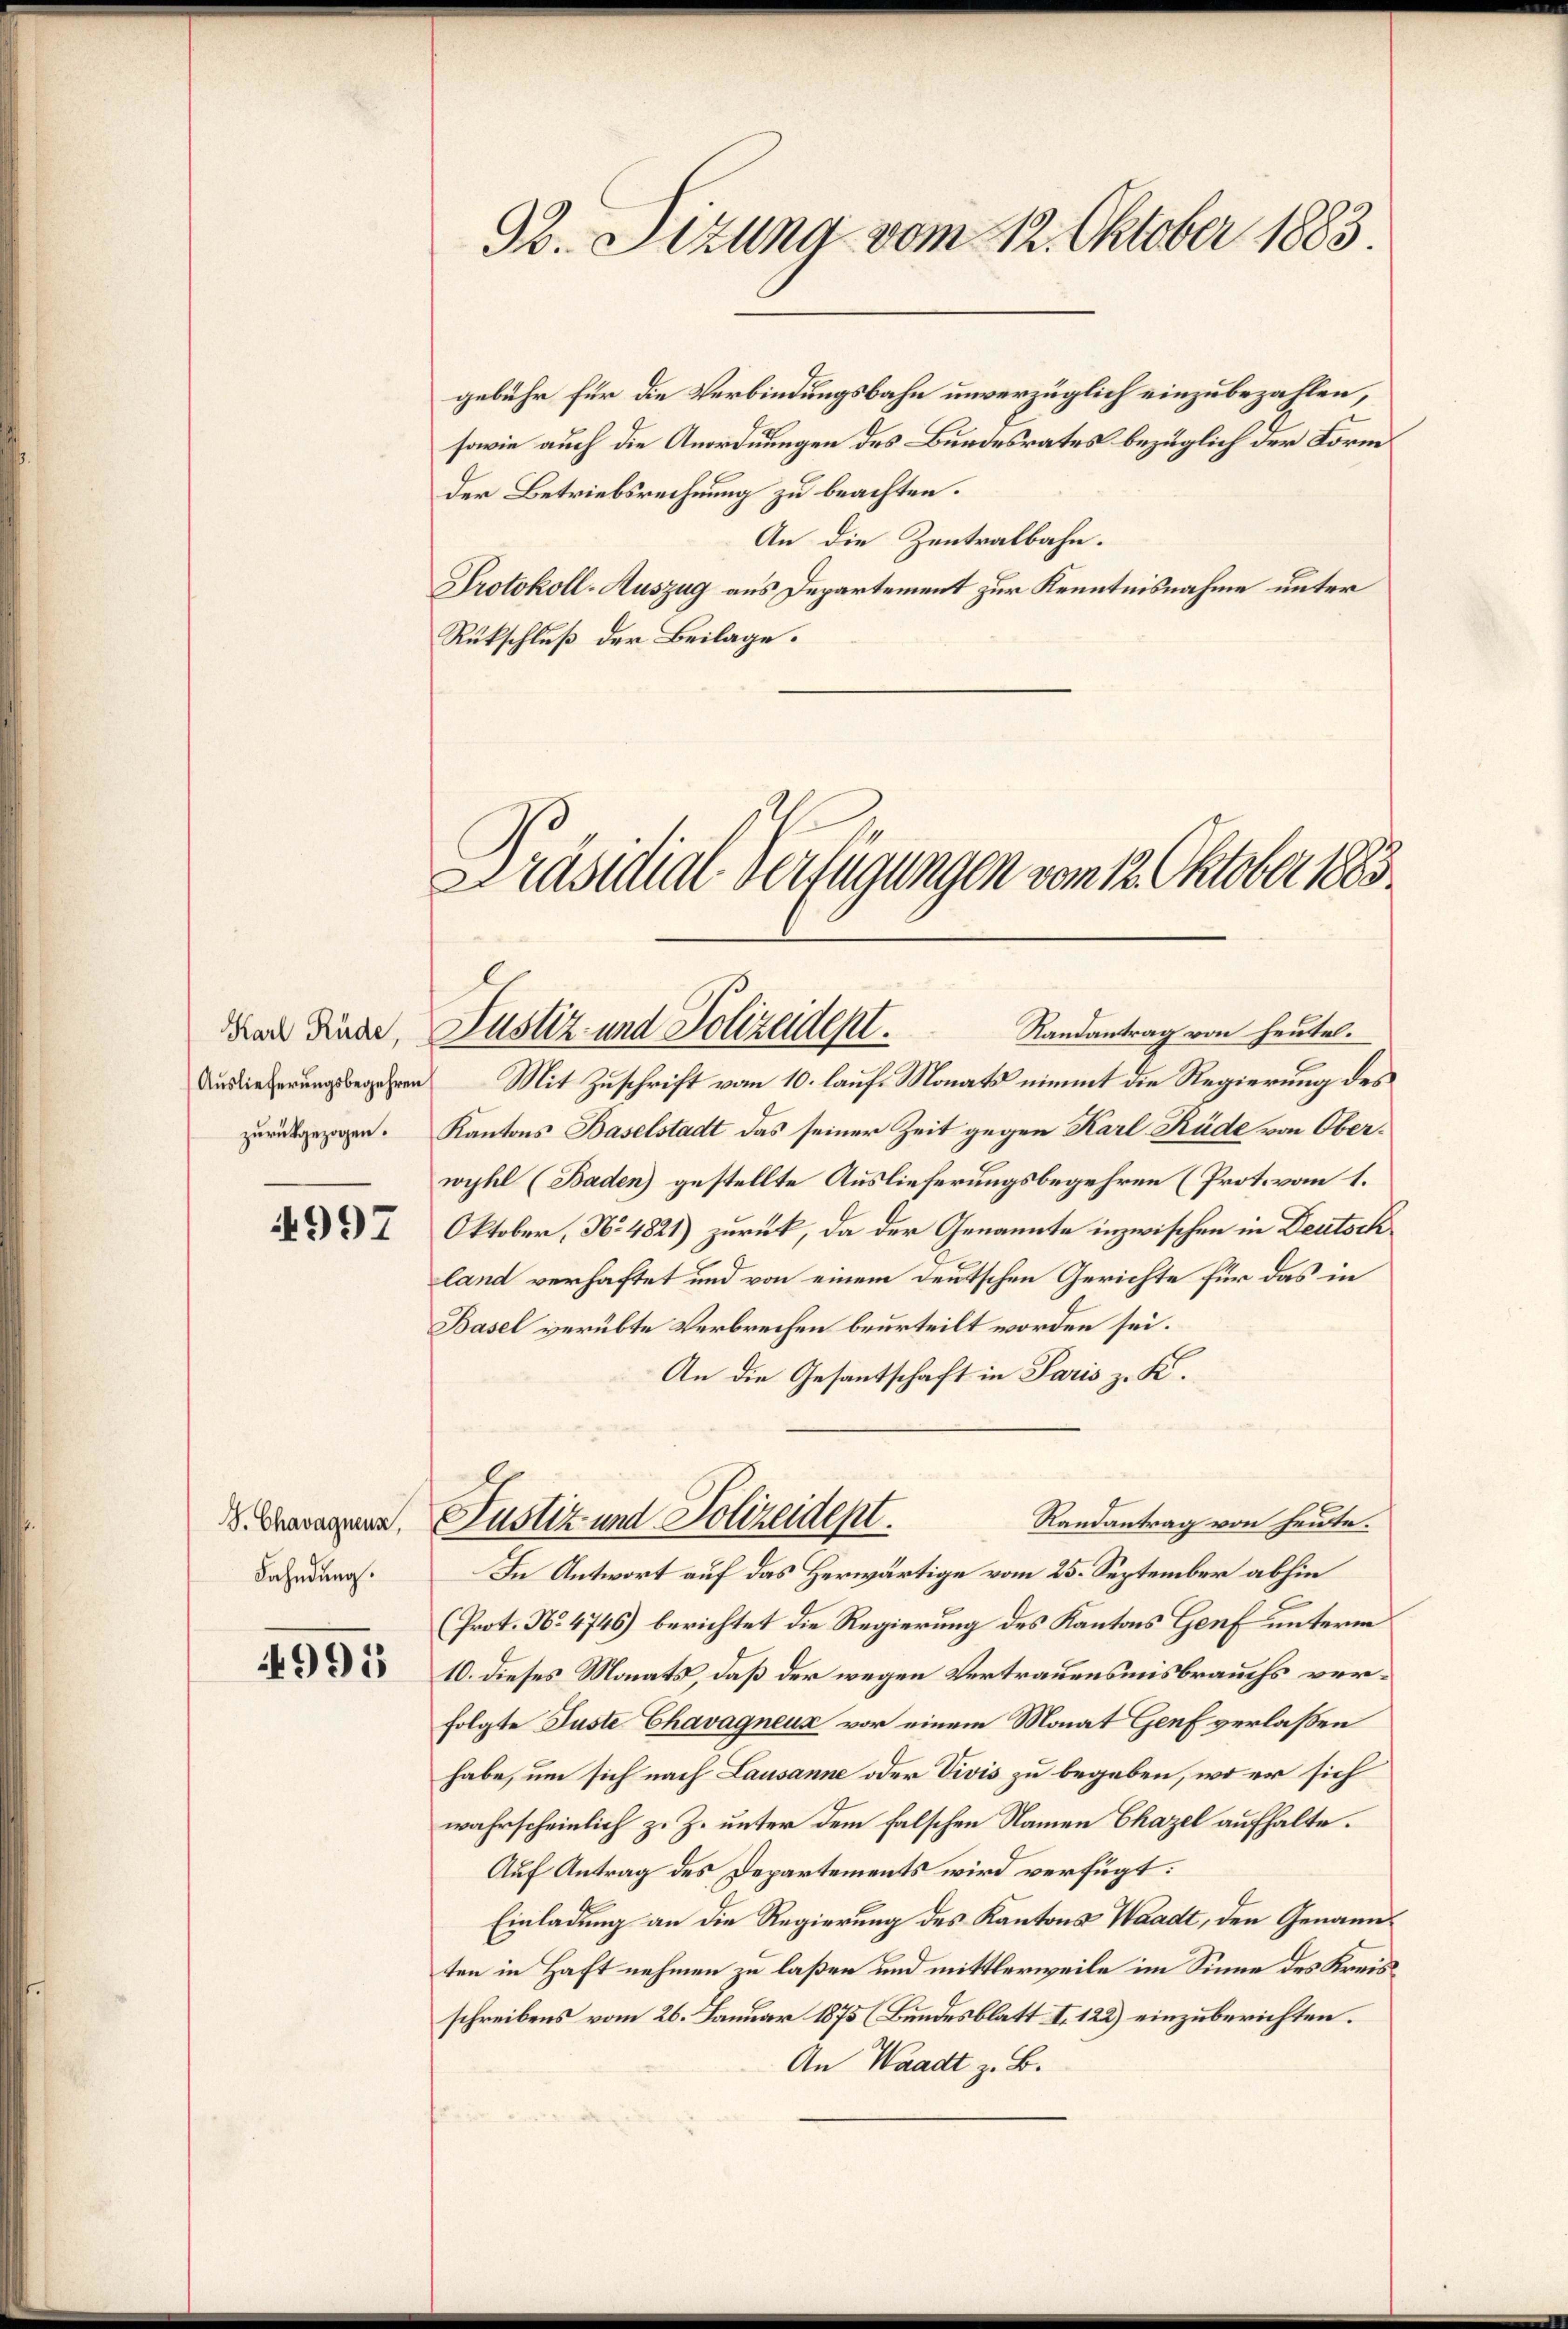
Karl Rüde,
Auslieferungsbegehren
zurückgezogen.

4997

S. Chavagnenz,
Fahndung.

4995

B. Sizung vom 12. Oktober 1883.

gebühr für die Verbindungsbahn unverzüglich einzubezahlen,
sowie auch die Anordnungen des Bundesrates bezüglich der Form
der Betriebsrechnung zu beachten.
An die Zentralbahn.
Protokoll-Auszug aus Departement zur Kenntnisnahme unter
Rückschluß der Beilage.

Präsidial-Verfügungen vom 12. Oktober 1883.
Randantrag von heutel.
Justiz- und Polizeident.

Mit Zuschrift vom 10. lauf Monats nimmt die Regierung des
Kantons Baselstadt das seiner Zeit gegen Karl Rüde von Oberwyhl (Baden) gestellte Auslieferungsbegehren (Prot. vom 1.
Oktober, No 4821) zurück, da der Genannte inzwischen in Deutsch
land verhaftet und von einem deutschen Gerichte für das in
Basel verübte Verbrechen beurteilt worden sei.
An die Gesantschaft in Paris z. K.
Randantrag von heute.
In Antwort auf das Herwärtige vom 25. September abhin
(Prot. No. 4746) berichtet die Regierung des Kantons Genf unterm
10. dieses Monats, daß der wegen Vertrauensmisbrauchs verfolgte Juste Chavagneuz vor einem Monat Genf verlaßen
habe, um sich nach Lausanne oder Vivis zu begeben, wo er sich
wahrscheinlich z. Z. unter dem falschen Namen Chazel aufhalte.
Auf Antrag des Departements wird verfügt:
Einladung an die Regierung des Kantons Waadt, den Genannten in Haft nehmen zu laßen und mittlerweile im Sinne des Kreisschreibens vom 26. Januar 1875 (Bundesblatt I. 122) einzuberichten.
An Waadt z. B.

Justiz und Polizeidept.